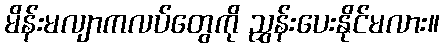
မိန်းမလျာကလပ်တွေကို ညွှန်းပေးနိုင်မလား။